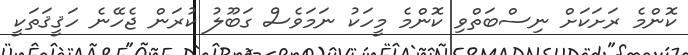
ކޮންމެ ރަށަކަށް ނިސްބަތްވި ކޮންމެ މީހަކު ނަމަވެސް ގަބޫލު ކުރަން ޖެހޭނެ ހަޤީޤަތަކީ